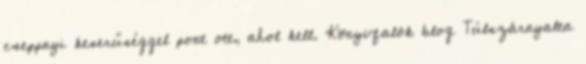
cseppnyi keserűséggel pont ott, ahol kell. Könyvfalók blog Túlszárnyalta